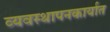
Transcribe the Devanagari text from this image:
व्यवस्थापनकार्यात